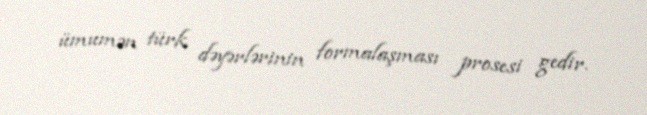
ümumən türk dəyərlərinin formalaşması prosesi gedir.